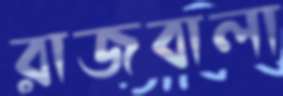
রাজবালা